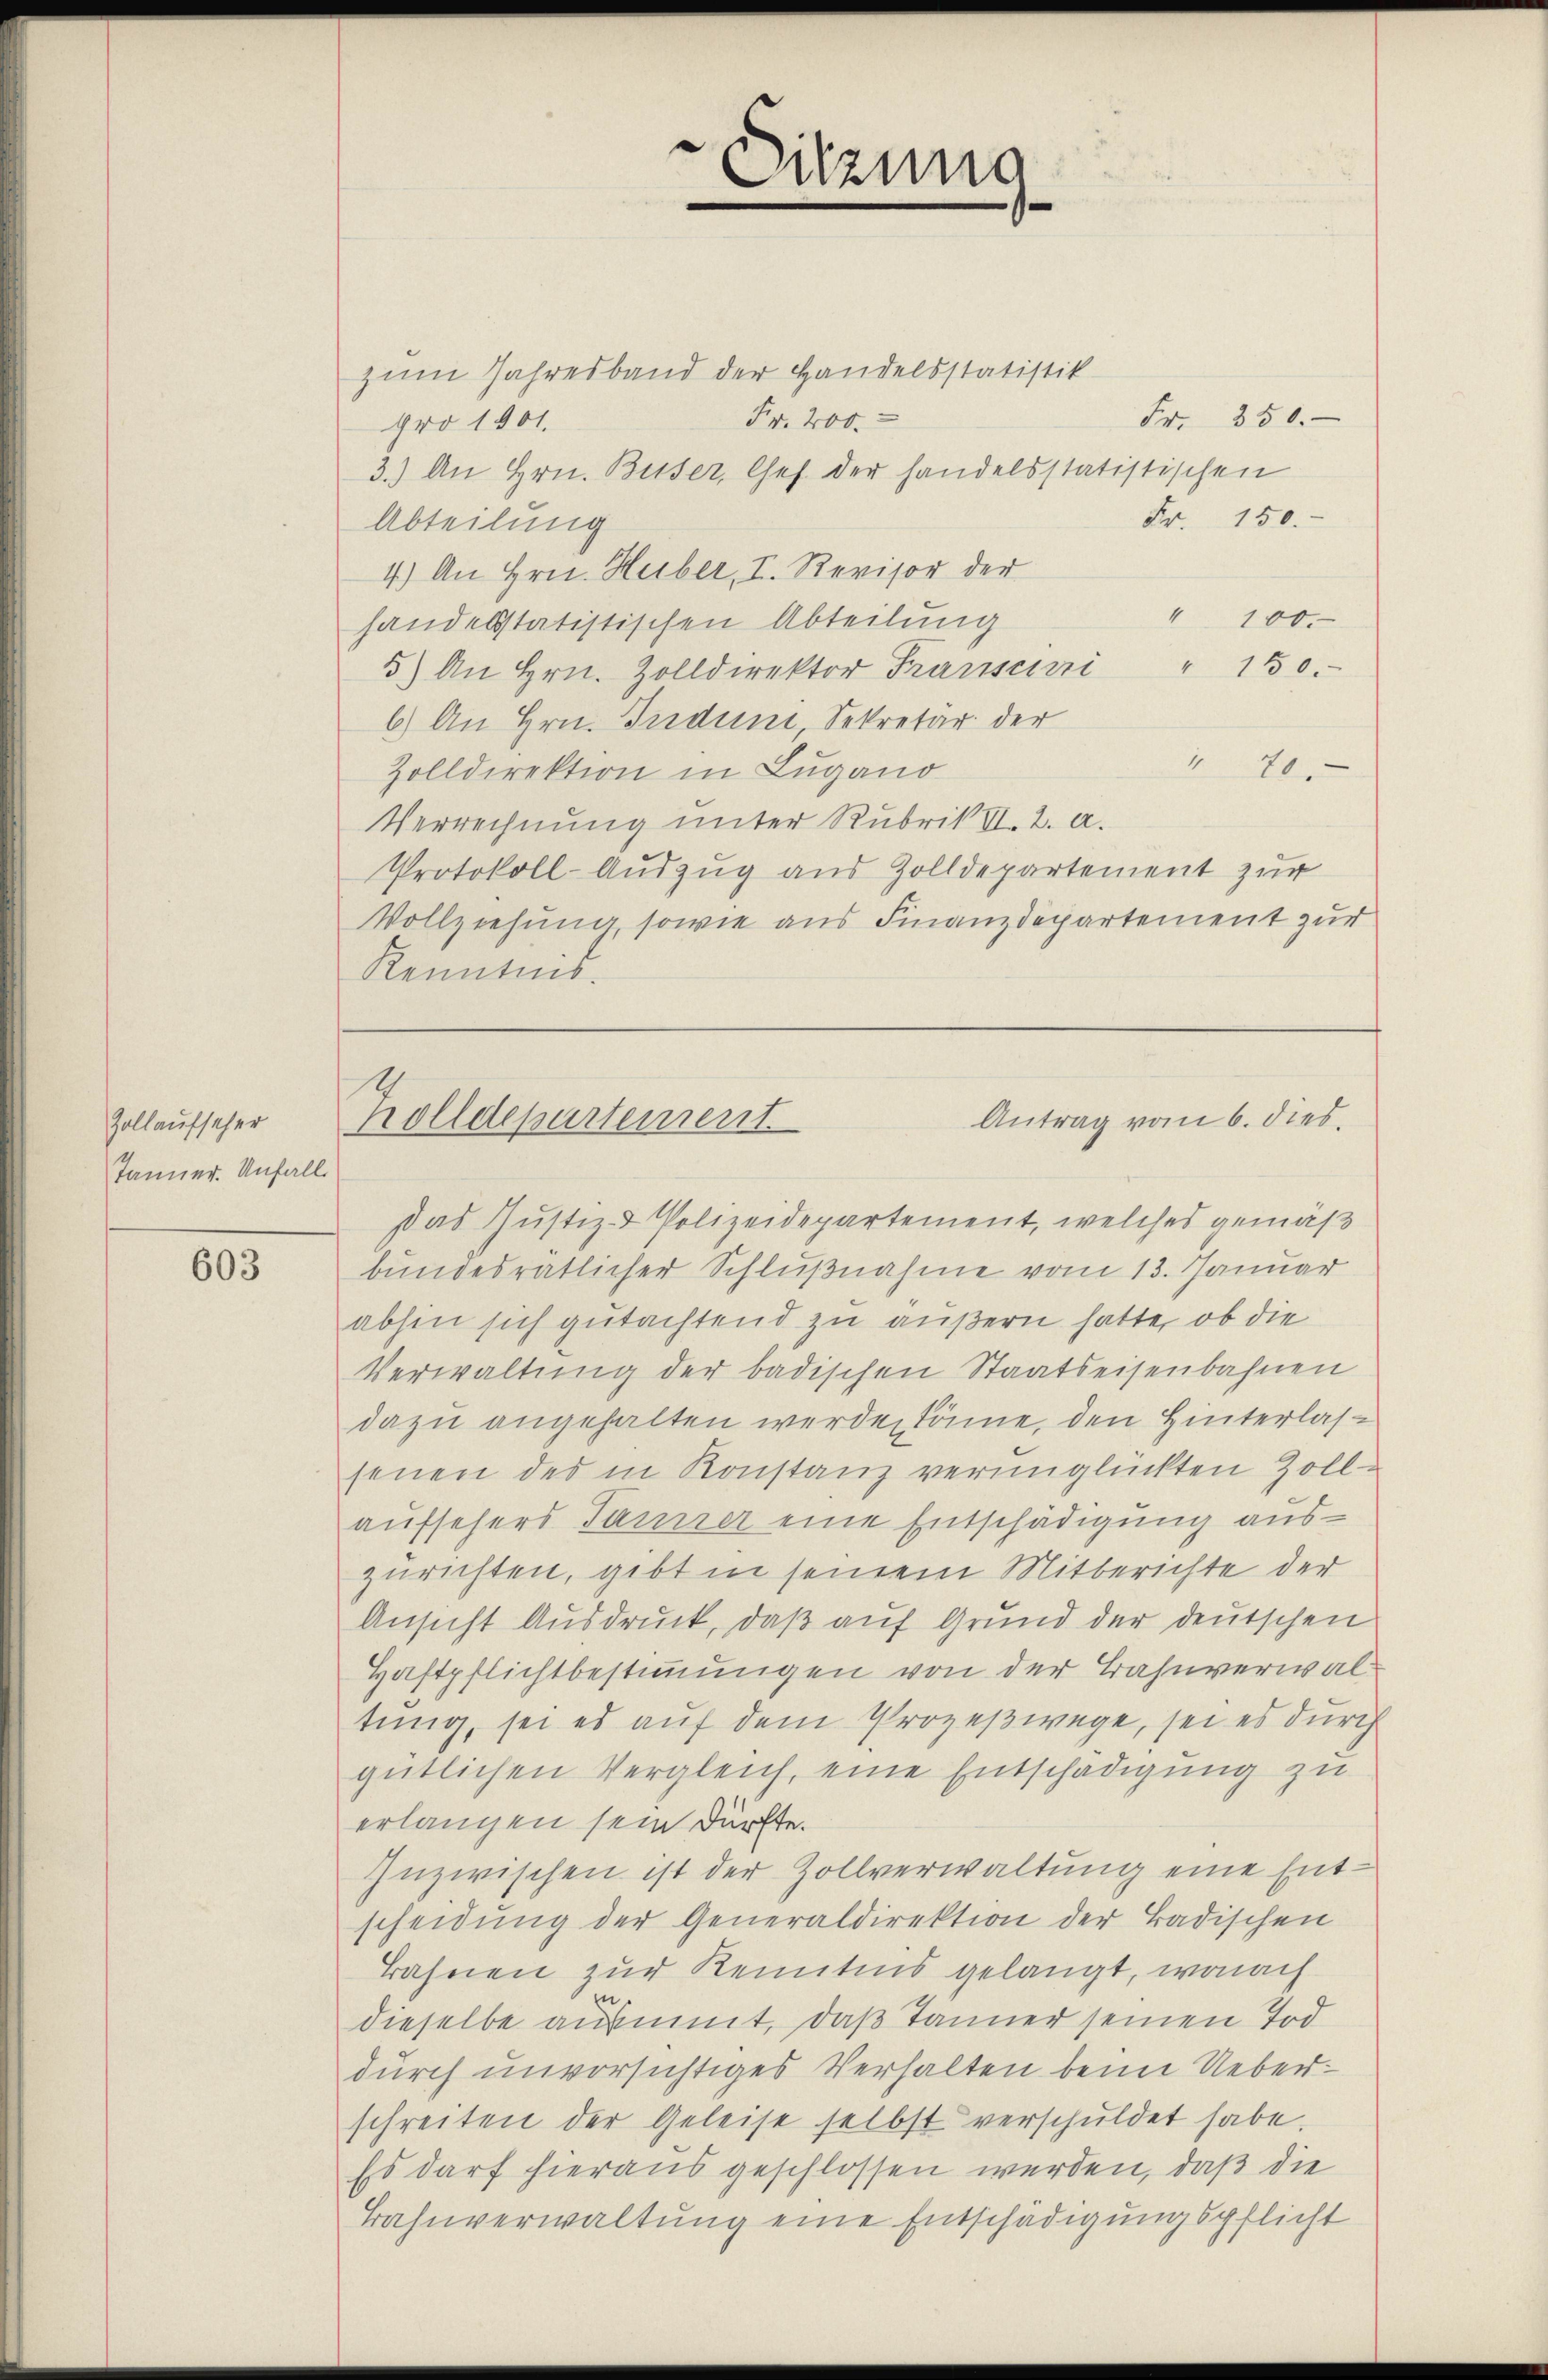
Zollaufseher
Tanner. Unfall

603

Sitzung
e
e

zum Jahresband der Handelsstatistik
Fr. 200.
pro 1901.
3.) An Hrn. Busser, Chef der handelsstatistischen
Fr. 150.
Abteilung
4.) An Hrn. Huber, I. Revisor der
" 100.
handelsstatistischen Abteilung
5) An Hrn. Zolldirektor Franscri " 150.
6.) An Hrn. Induni, Sekretär der
" 70
Zolldirektion in Lugano
Verrechnung unter Rubrik VI. 2. a.
Protokoll-Auszug aus Zolldepartement zur
Vollziehung, sowie aus Finanzdepartement zur
Kenntnis.

Fr. 350.

Antrag vom 6. dies
Holldepartement

das Justiz- & Polizeidepartement, welches gemäß
bundesrätlicher Schlußnahme vom 13. Januar
abhin sich gutachtend zu äußern hatte, ob die
Verwaltung der badischen Staatseisenbahnen
dazu angehalten werden könne, den Hinterlassenen des in Konstanz verunglückten Zoll-
aufsehers Tanne eine Entschädigung auszurichten, gibt in seinem Mitberichte der
Ansicht Ausdruck, daß auf Grund der deutschen
Haftpflichtbestimmungen von der Bahnverwaltung, sei es auf dem Prozeßwege, sei es durch
gütlichen Vergleich, eine Entschädigung zu
erlangen sein dürfte.
Inzwischen ist der Zollverwaltung eine Entscheidung der Generaldirektion der Badischen
Bahnen zur Kenntnis gelangt, wonach
in
dieselbe ausmit, daß Tanner seinen Tod
durch unvorsichtiges Verhalten beim Ueber
schreiten der Geleise selbst verschuldet habe.
Es darf hieraus geschlossen werden, daß die
Bahnverwaltung eine Entschädigungspflicht